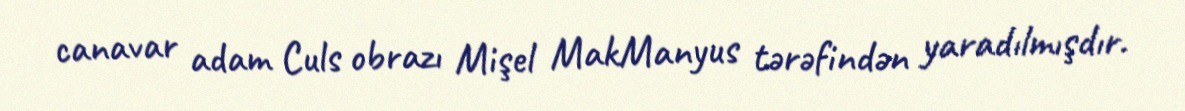
canavar adam Culs obrazı Mişel MakManyus tərəfindən yaradılmışdır.